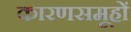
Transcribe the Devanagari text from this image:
कारणसमूहों